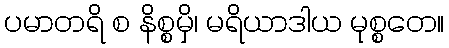
ပမာတရိ စ နိစ္စမှိ၊ မရိယာဒါယ မုစ္စတေ။